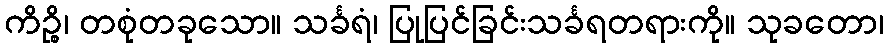
ကိဉ္စိ၊ တစုံတခုသော။ သင်္ခရံ၊ ပြုပြင်ခြင်းသင်္ခရတရားကို။ သုခတော၊